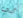
أبي